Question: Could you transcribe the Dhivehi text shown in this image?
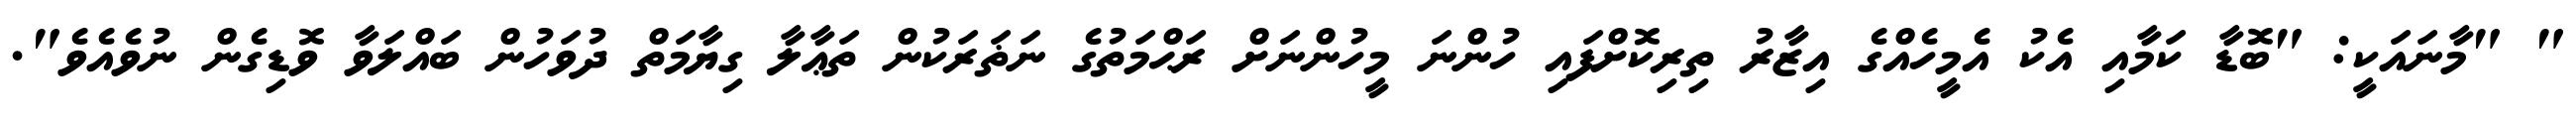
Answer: " "މާނައަކީ: "ބޮޑާ ކަމާއި އެކު އެމީހެއްގެ އިޒާރު ތިރިކޮށްފައި ހުންނަ މީހުންނަށް ރަޙްމަތުގެ ނަޡަރަކުން ތަޢާލާ ގިޔާމަތް ދުވަހުން ބައްލަވާ ވޮޑިގެން ނުވެއެވެ".